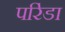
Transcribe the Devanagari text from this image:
परिंडा